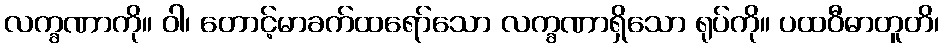
လက္ခဏာကို။ ဝါ၊ တောင့်မာခက်ထရော်သော လက္ခဏာရှိသော ရုပ်ကို။ ပထဝီဓာတူတိ၊